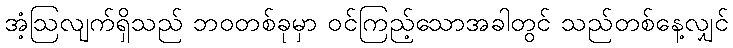
အံ့ဩလျက်ရှိသည် ဘဝတစ်ခုမှာ ဝင်ကြည့်သောအခါတွင် သည်တစ်နေ့လျှင်